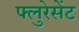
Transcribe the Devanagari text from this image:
फ्लुरेसेंट